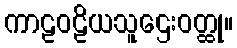
ကာဠဝဠိယသူဌေးဝတ္ထု။